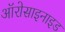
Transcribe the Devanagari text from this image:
ऑरोसाइनाइड